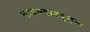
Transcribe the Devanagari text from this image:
लादल्याबद्द्ल